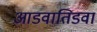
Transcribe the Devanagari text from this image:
आडवातिडवा